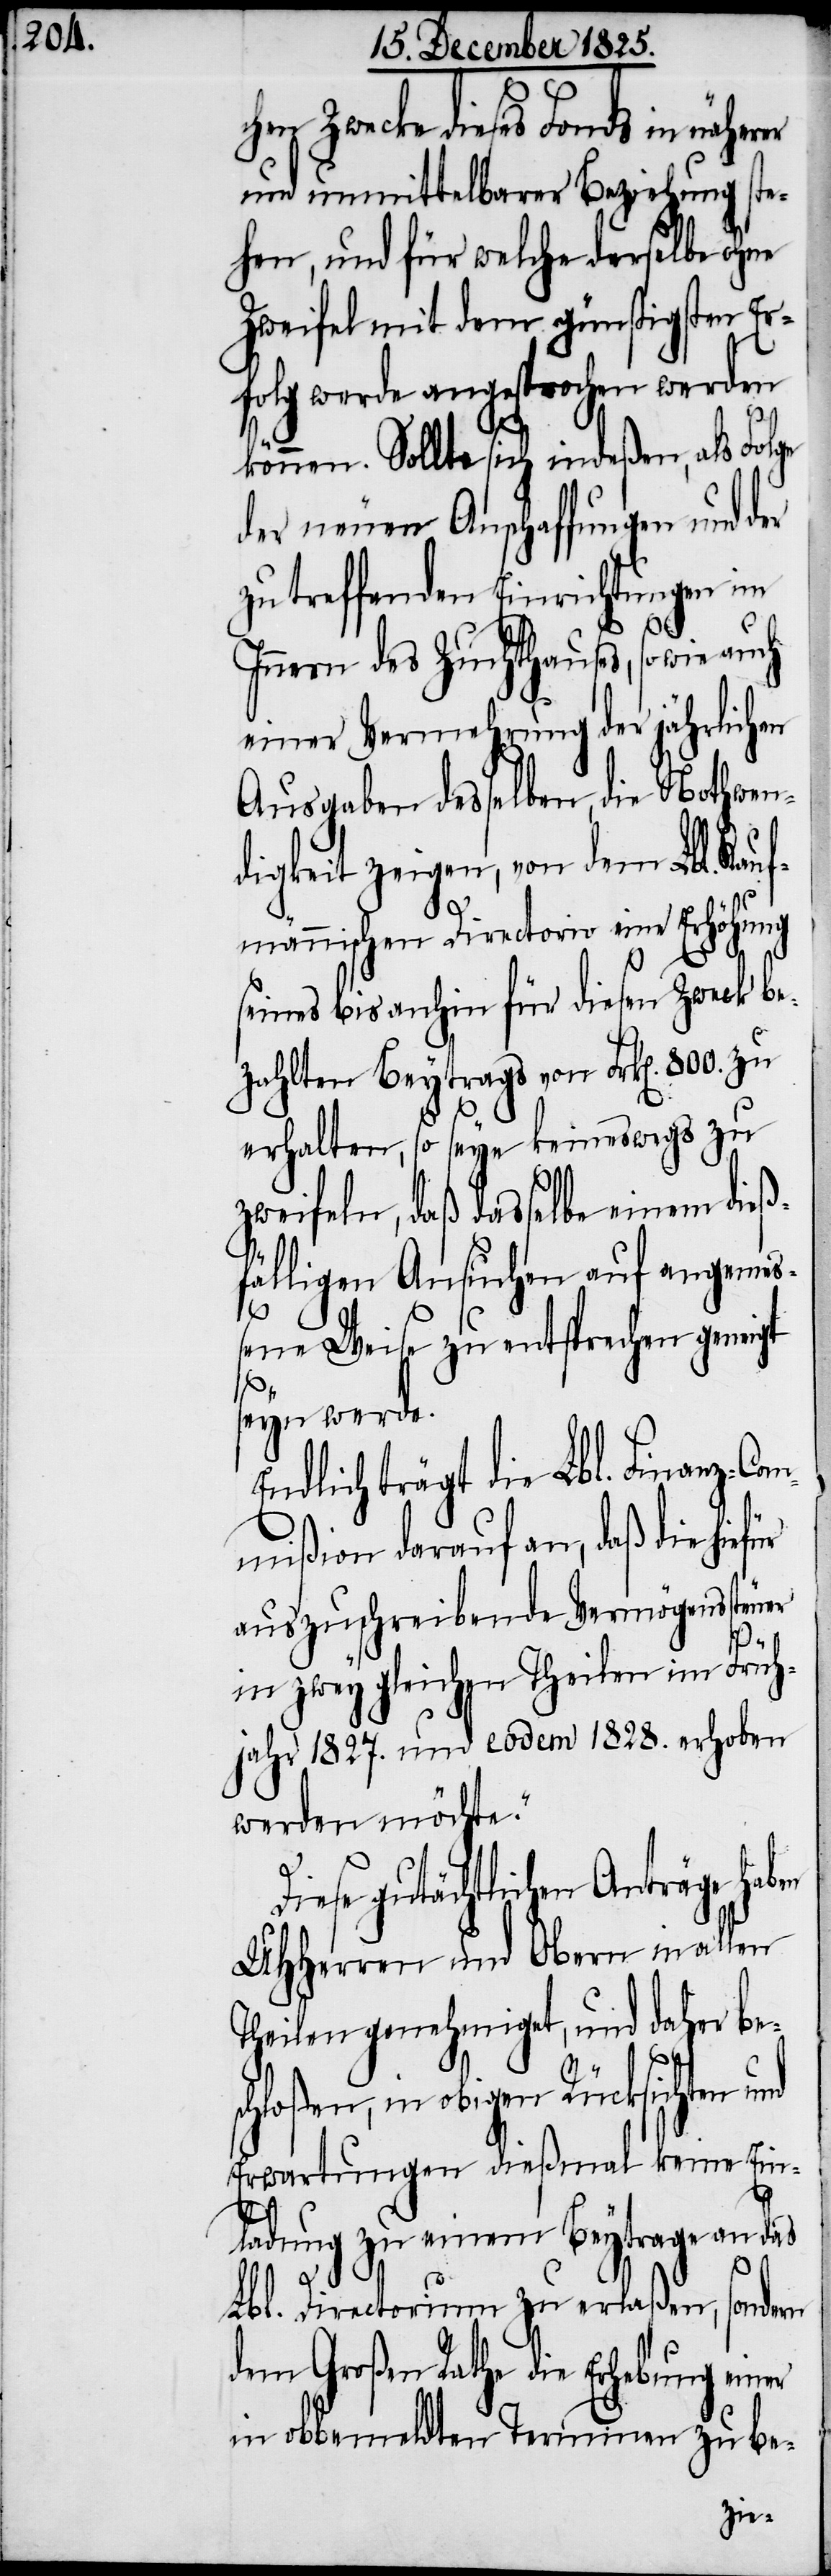
hen Zwecke dieses Fonds in
und unmittelbarer Beziehung ste¬
hen, und für welche derselbe ohne
Zweifel mit dem günstigsten Er¬
folg werde angesprochen werden
können. Sollte sich indeßen, als Folge
der neuen Anschaffungen und der
zu treffenden Einrichtungen im
Innern des Zuchthauses, sowie auch
einer Vermehrung der jährlichen
Ausgaben desselben, die Nothwen¬
digkeit zeigen, von dem Lbl. Kau¬
h¬
fmännischen Directorio eine Erhöhung
seines bis anhin für diesen Zweck be¬
zahlten Beytrags von Frk[en]. 800. zu
erhalten, so sey keineswegs zu
zweifeln, daß dasselbe einem die¬
fälligen Ansuchen auf angeme¬
ßene Weise zu entsprechen geneigt
seyn werde.
Endlich trägt die Lbl. Finanz-Co¬
mmißion darauf an, daß die
auszuschreibende Vermögenssteuer
in zwey gleichen Theilen im Frü¬
jahr 1827. und eodem 1828. erhoben
werden möchte.“
Diese gutächtlichen Anträge
UHHerren und Obern in allen
Theilen genehmiget, und daher be¬
chloßen, in obigen Rücksichten und
Erwartungen dießmal keine Ein¬
ladung zu einem Beytrage an das
s¬
Lbl. Directorium zu erlaßen, sondern
dem Großen Rathe die Erhebung einer
in obbemeldten Terminen zu be-